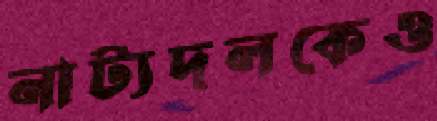
নাট্যদলকেও